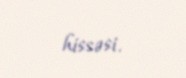
hissəsi.